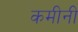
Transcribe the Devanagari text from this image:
कमीनी